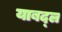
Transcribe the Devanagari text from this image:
याबद्ल